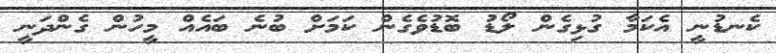
ކެނޑުނީ އެކަމާ ގުޅިގެން ލޯޑު ބޮޑުވެގެން ކަމަށް ބުނެ ބައެއް މީހުން ގެންދަނީ